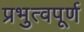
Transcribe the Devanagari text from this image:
प्रभुत्वपूर्ण